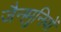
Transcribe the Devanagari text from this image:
जैनमुनियों